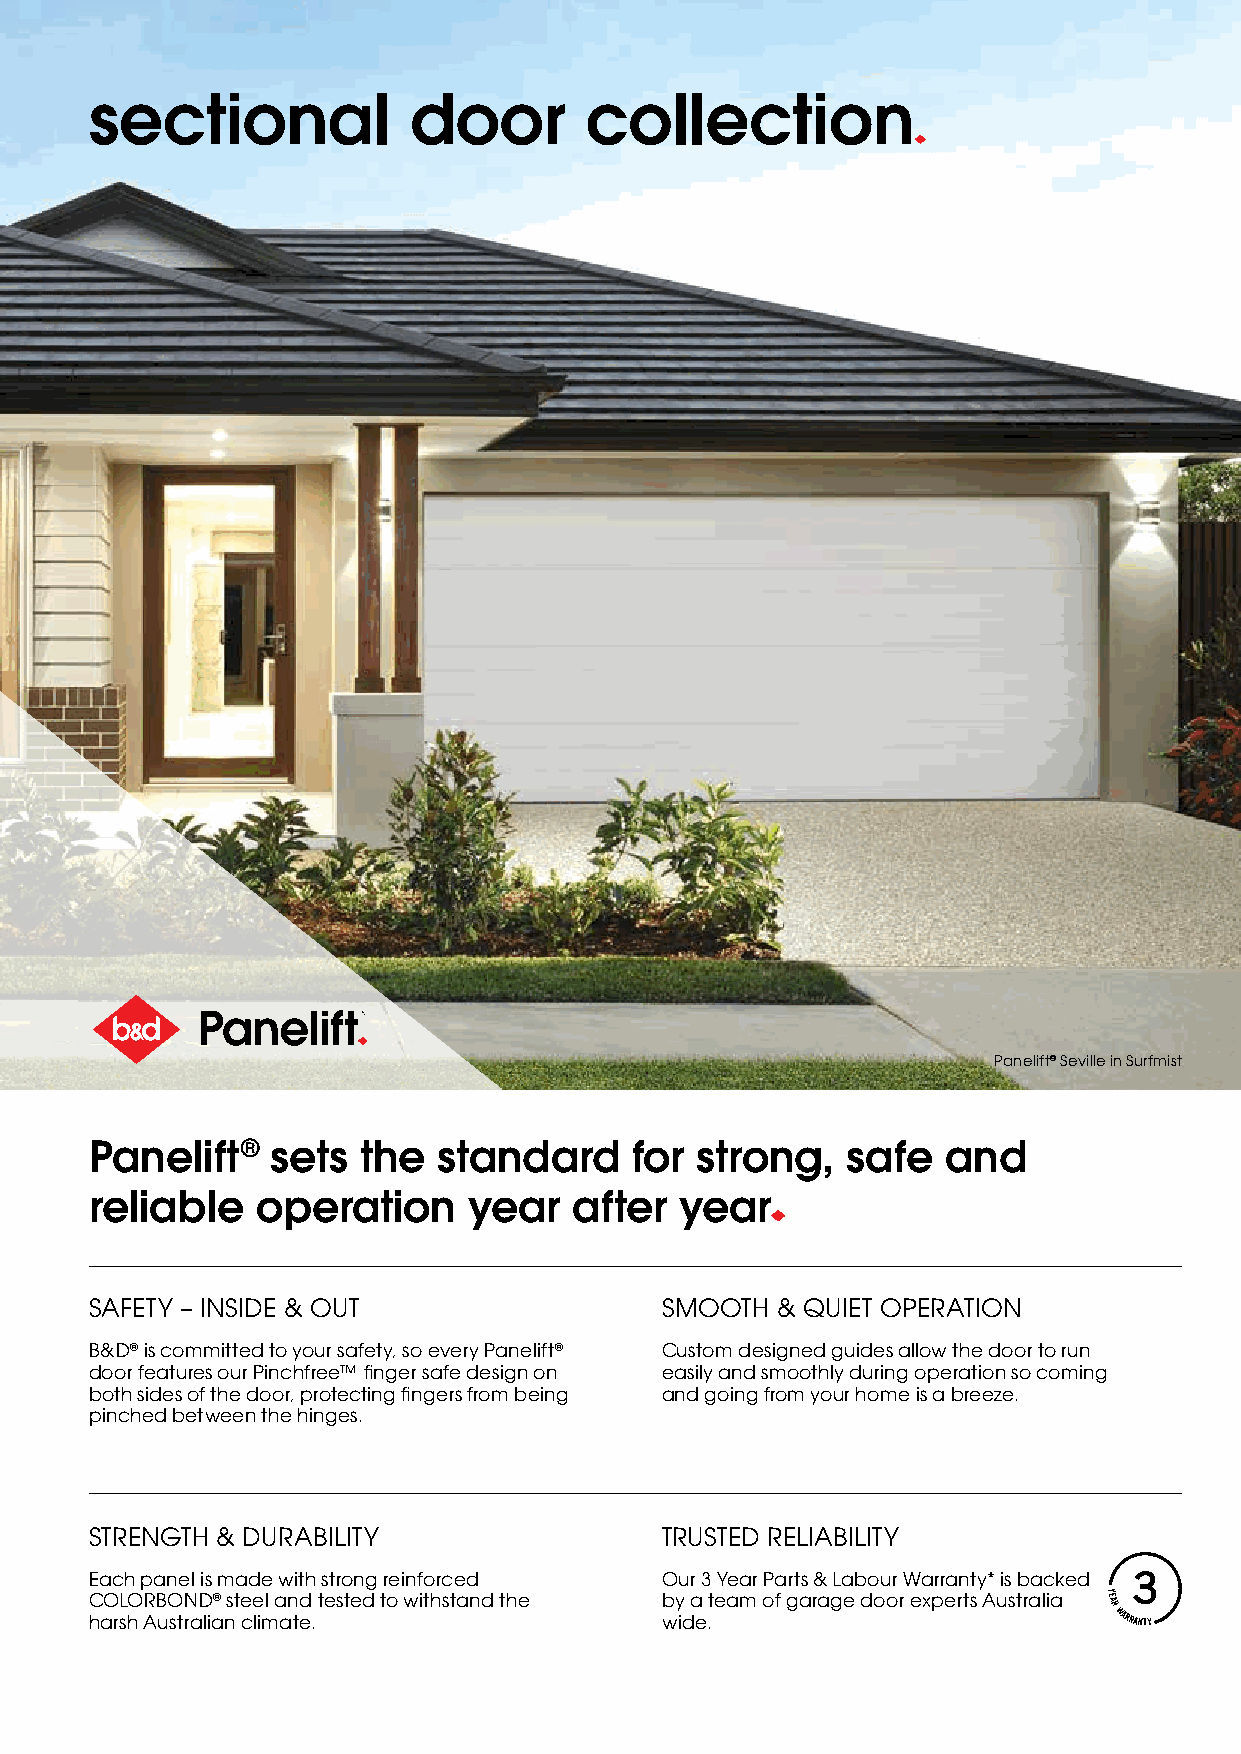
sectional            door        collection
 Panelift® Seville in Surfmist
 Panelift®   sets  the  standard     for strong,   safe   and
 reliable   operation     year   after  year
 SAFETY – INSIDE & OUT                 SMOOTH & QUIET OPERATION
 B&D® is committed to your safety, so every Panelift® Custom designed guides allow the door to run
 door features our Pinchfree™ finger safe design on easily and smoothly during operation so coming
 both sides of the door, protecting fingers from being and going from your home is a breeze.
 pinched between the hinges.
 STRENGTH & DURABILITY                 TRUSTED RELIABILITY
 Each panel is made with strong reinforced Our 3 Year Parts & Labour Warranty* is backed
 COLORBOND® steel and tested to withstand the by a team of garage door experts Australia
 harsh Australian climate.             wide.